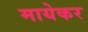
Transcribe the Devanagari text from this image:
मायेकर